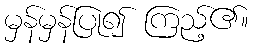
မှန်မှန်ပြု၍ ကြည့်၏။